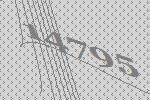
14795